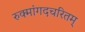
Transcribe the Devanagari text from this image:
रुक्मांगदचरितम्